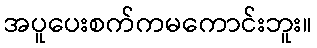
အပူပေးစက်ကမကောင်းဘူး။